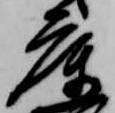
庫